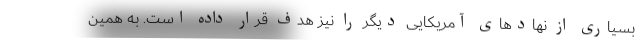
بسیاری از نهادهای آمریکایی دیگر را نیز هدف قرار داده است. به همین